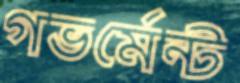
গভর্মেন্ট